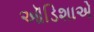
ઑડિશાએ